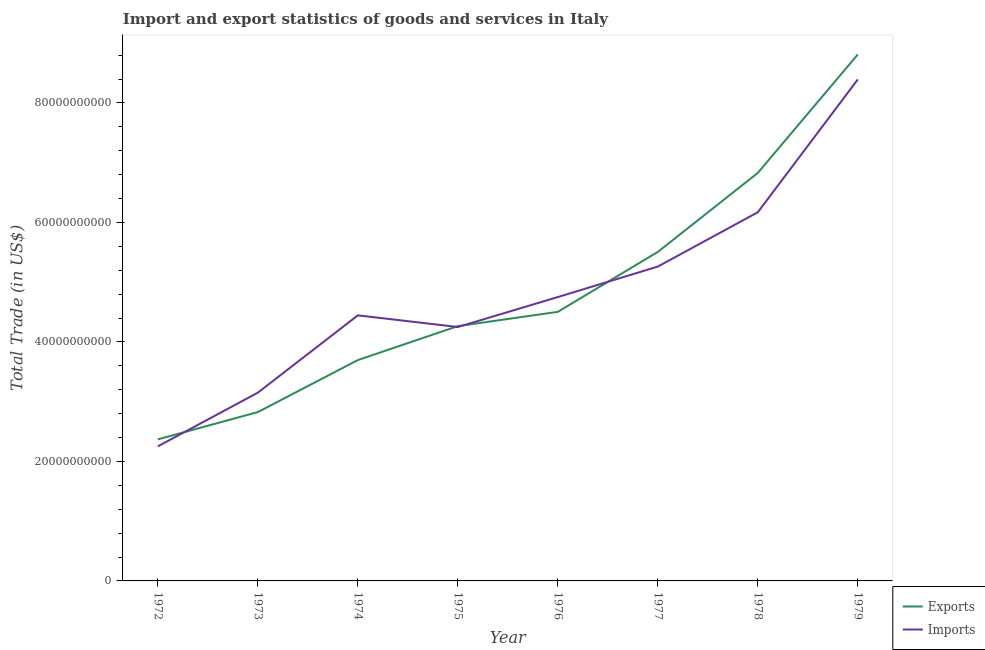
| Year | Exports | Imports |
 | --- | --- | --- |
 | 1972 | 2.37e+10 | 2.25e+10 |
 | 1973 | 2.83e+10 | 3.15e+10 |
 | 1974 | 3.7e+10 | 4.44e+10 |
 | 1975 | 4.26e+10 | 4.25e+10 |
 | 1976 | 4.5e+10 | 4.75e+10 |
 | 1977 | 5.51e+10 | 5.26e+10 |
 | 1978 | 6.83e+10 | 6.17e+10 |
 | 1979 | 8.81e+10 | 8.39e+10 |